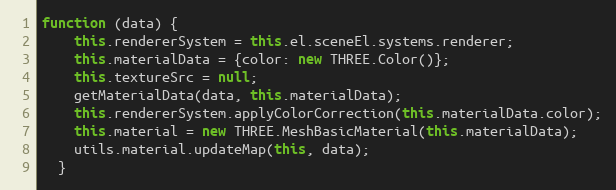
Language: JavaScript
function (data) {
    this.rendererSystem = this.el.sceneEl.systems.renderer;
    this.materialData = {color: new THREE.Color()};
    this.textureSrc = null;
    getMaterialData(data, this.materialData);
    this.rendererSystem.applyColorCorrection(this.materialData.color);
    this.material = new THREE.MeshBasicMaterial(this.materialData);
    utils.material.updateMap(this, data);
  }